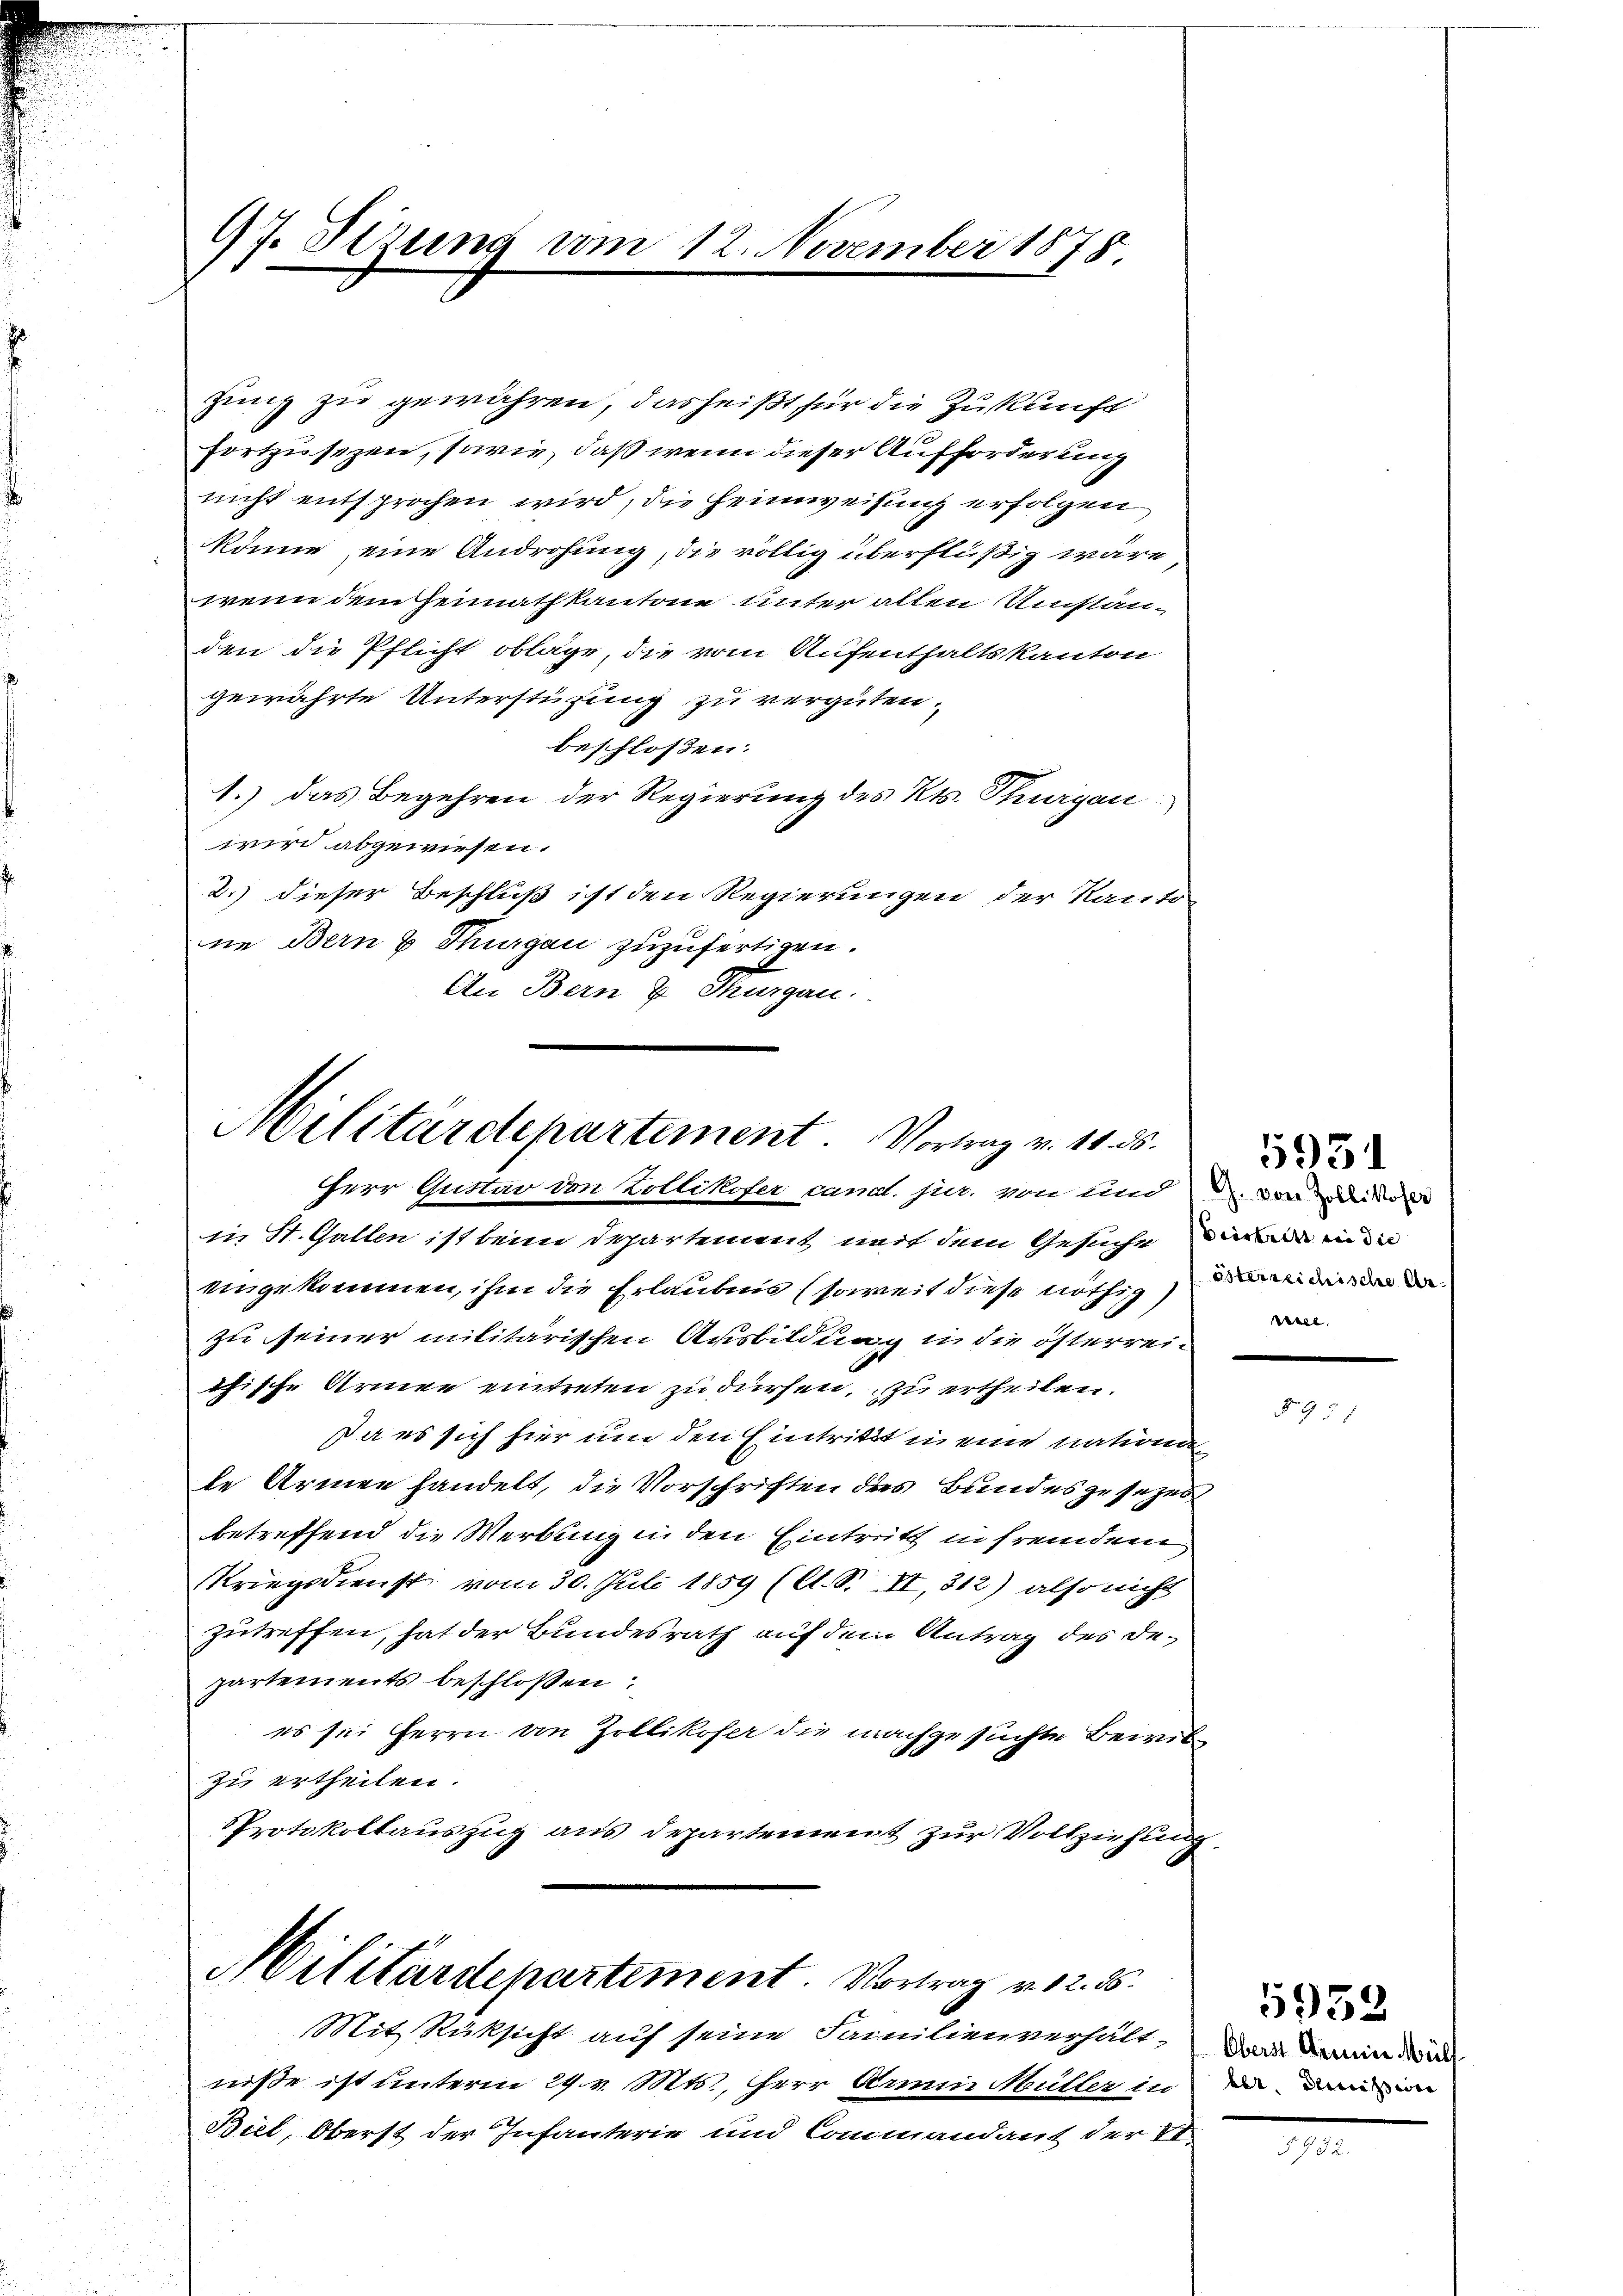
zung zu gewähren, das heißt für die Zukunft
fortzusezen, sowie, daß wenn dieser Aufforderung
nicht entsprochen wird, die Heimweisung erfolgen
könne eine Androhung, die völlig überflüßig wäre
wenn dem Heimathkantone unter allen Umständen die Pflicht obläge, die vom Aufenthaltskanton
gewährte Unterstüzung zu vergüten.
beschloßen:
1.) Das Begehren der Regierung des Kts. Thurgau
wird abgewiesen.
2.) dieser Beschluß ist den Regierungen der Kanto
1
ne Bern & Thurgau zuzufertigen.
An Bern & Thurgau.

97. Sizung vom

12. November 1878.

Militärdepartement. Vortrag v. 11. ds.
Herr Guttar von Kollikofer cand. jur. von und d. von ihr

in St. Gallen ist beim Departement mit dem Gesuche die in de
eingekommen, ihm die Erlaubnis (soweit diese nöthig, deinen der da
zu seiner militärischen Ausbildung in die österrei-
chische Armen eintreten zu dürfen, zu ertheilen.
Da es sich hier um den Eintritt in eine natione
te Armen handelt, die Vorschriften des Bundes gesezes
betreffend die Werbung in den Eintritt in fremdem
Kriegsdienst vom 30. Juli 1859 (lt. S. II 312) also nicht
zutreffen, hat der Bundesrath auf dem Antrag des Departements beschlossen:
es sei Herrn von Zollikofer die nachgesuchte Bewilzu ertheilen.
Protokollauszug aus departement zur Vollziehung,
Militärdepartement. Vortrag v. 12. 55.
Mit Rüksicht auf seine Familienverhält. Das marin du
niße ist unterm 29. v. Mts., Herr Armen Müller in da die
Biel, Oberst der Infanterie und Commandant der St.

nisse

5951

5953